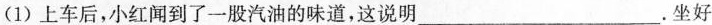
(1)上车后，小红闻到了一股汽油的味道，这说明___。坐好